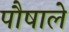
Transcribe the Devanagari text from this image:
पौषाले